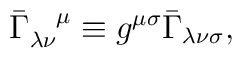
\bar{\Gamma}_{\lambda\nu}^{\;\;\;\;\mu} \equiv g^{\mu\sigma}\bar{\Gamma}_{\lambda\nu\sigma}  ,